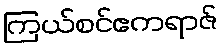
ကြယ်စင်ဧကရာဇ်